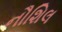
નૌશિલ